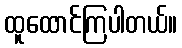
ထူထောင်ကြပါတယ်။